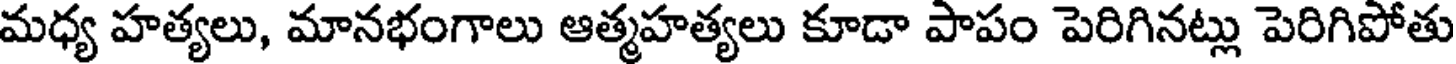
మధ్య హత్యలు, మానభంగాలు ఆత్మహత్యలు కూడా పాపం పెరిగినట్లు పెరిగిపోతు